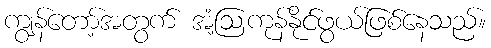
ကျွန်တော့်အတွက် အံ့ဩကုန်နိုင်ဖွယ်ဖြစ်နေသည်။